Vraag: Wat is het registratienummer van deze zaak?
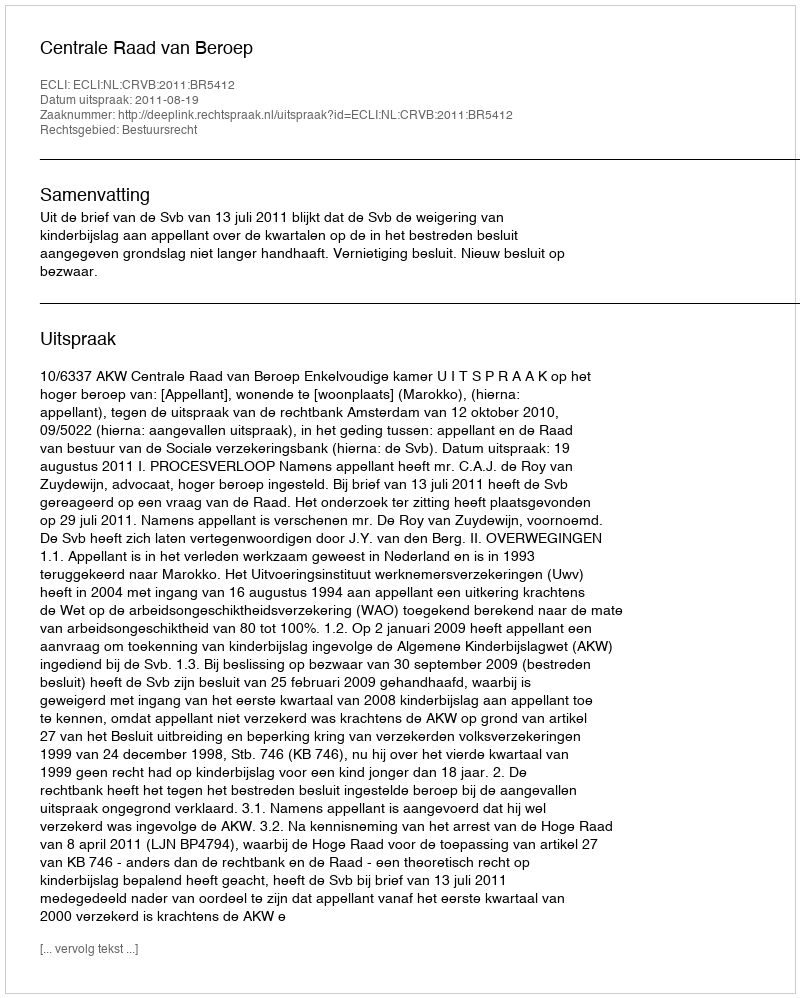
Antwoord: http://deeplink.rechtspraak.nl/uitspraak?id=ECLI:NL:CRVB:2011:BR5412